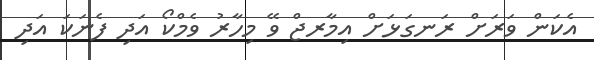
އެކަން ވަރަށް ރަނގަޅަށް އިމާރޖް ވޭ މިހާރު ވެމްކޯ އަދި ފެނަކަ އަދި